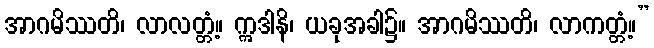
အာဂမိဿတိ၊ လာလတ္တံ့။ ဣဒါနိ၊ ယခုအခါ၌။ အာဂမိဿတိ၊ လာကတ္တံ့။”